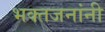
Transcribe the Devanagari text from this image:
भक्तजनांनी